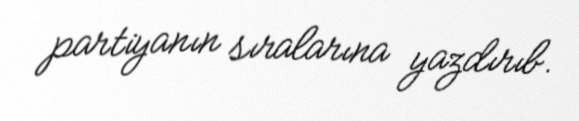
partiyanın sıralarına yazdırıb.